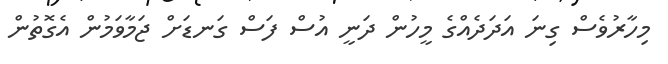
މިހާރުވެސް ގިނަ އަދަދެއްގެ މީހުން ދަނީ އުސް ފަސް ގަނޑަށް ޖަމާވަމުން އެގޮތުން